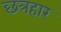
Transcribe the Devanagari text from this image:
छत्रहार